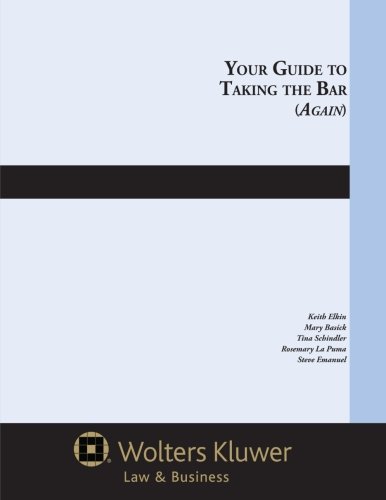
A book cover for Your Guide to Taking the Bar (Again); Keith Elkin; Test Preparation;